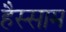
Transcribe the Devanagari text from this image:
हैस्साम